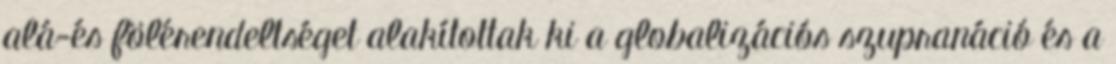
alá-és fölérendeltséget ala­kí­tottak ki a globalizációs szupranáció és a